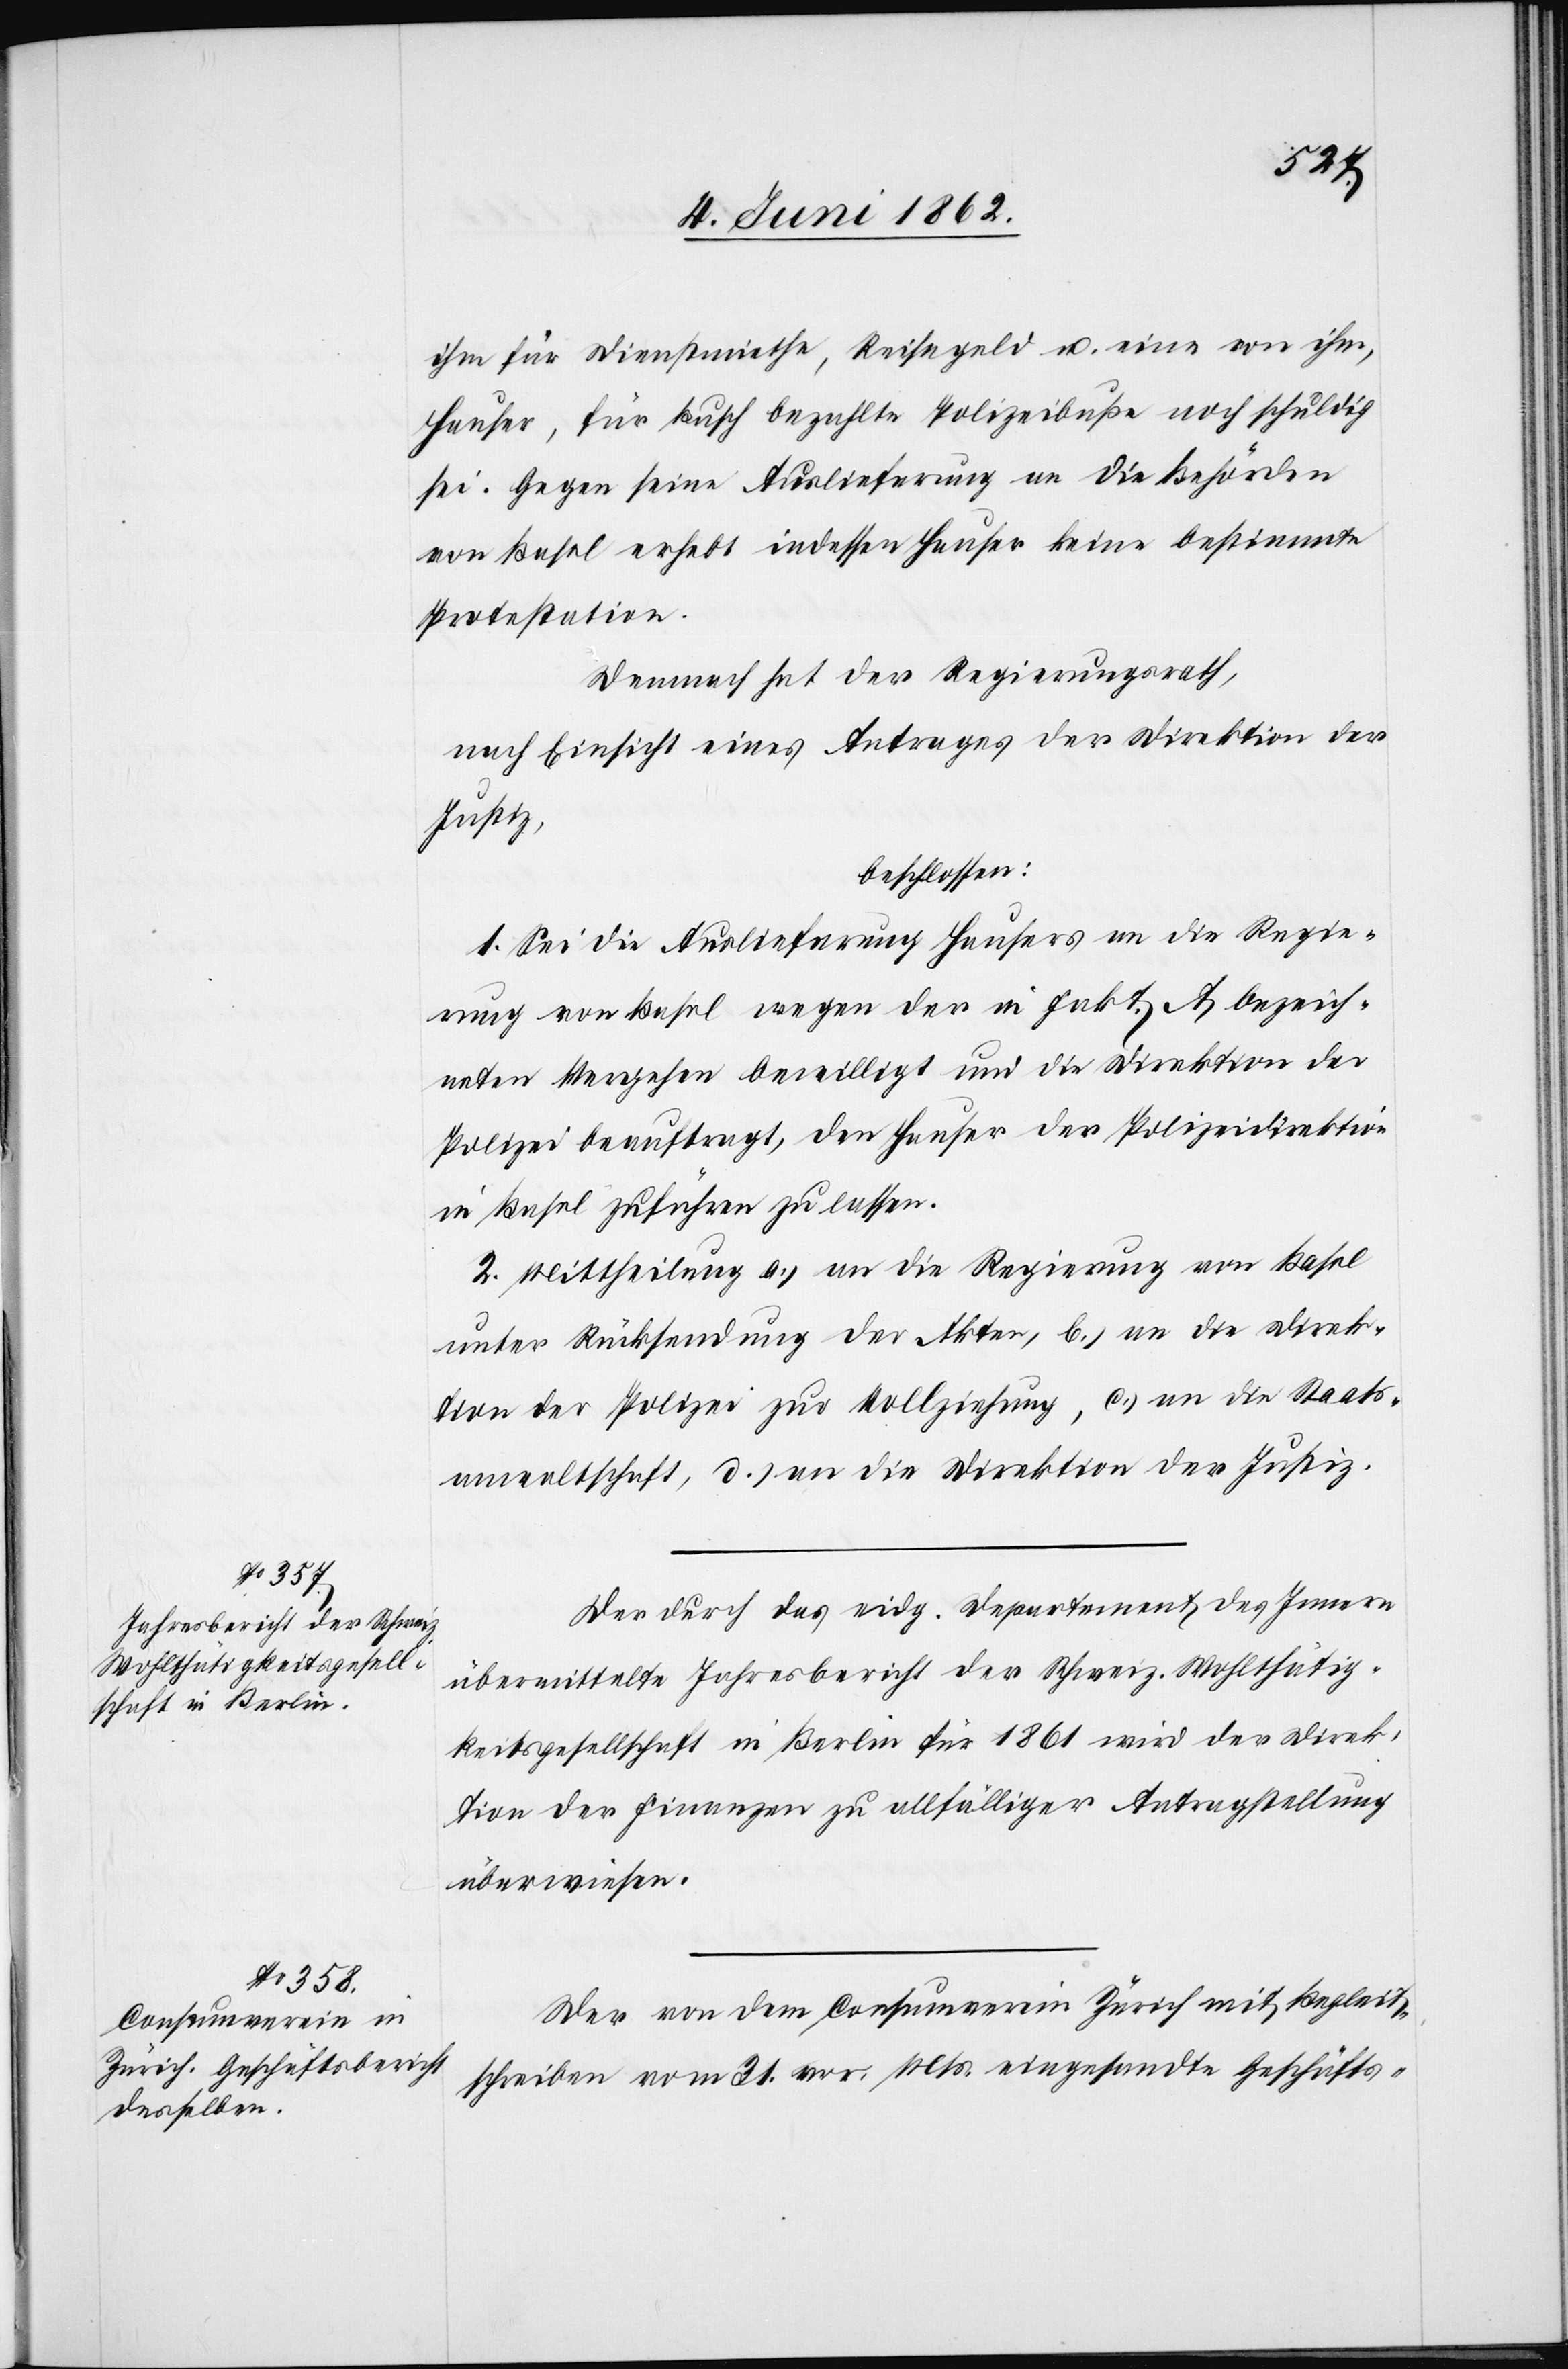
ihm für Dienstmiethe, Reisegeld u. eine von ihm,
Hauser, für Busch bezahlte Polizeibuße noch schuldig
sei. Gegen seine Auslieferung an die Behörden
von Basel erhebt indessen Hauser keine bestimmte
Protestation.
Demnach hat der Regierungsrath,
nach Einsicht eines Antrages der Direktion der
Justiz,
beschlossen:
1. Sei die Auslieferung Hausers an die Regie¬
rung von Basel wegen der in Fakt. A bezeich¬
neten Vergehen bewilligt und die Direktion der
Polizei beauftragt, den Hauser der Polizeidirektion
in Basel zuführen zu lassen.
2. Mittheilung a) an die Regierung von Basel
unter Rücksendung der Akten, b) an die Direk¬
tion der Polizei zur Vollziehung, c) an die Staats¬
anwaltschaft, d) an die Direktion der Justiz.
Der durch das eidg. Departement des Innern
übermittelte Jahresbericht der Schweiz. Wohlthätig¬
keitsgesellschaft in Berlin für 1861 wird der Direk¬
tion der Finanzen zu allfälliger Antragstellung
überwiesen.
Der von dem Consumverein Zürich mit Begleit¬
schreiben vom 21. vor. Mts. eingesandte Geschäfts-